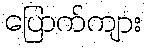
ပြောက်ကျား